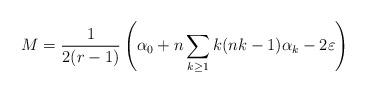
LaTeX: \begin{align*}M=\frac{1}{2(r-1)}\left(\alpha_0+n\sum_{k\ge 1}k(nk-1)\alpha_k-2\varepsilon\right)\end{align*}